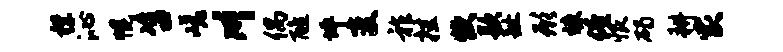
襟沁幌咨嵯川偶醮坪变祚挂炊款趾形竦倦恨碣耕家